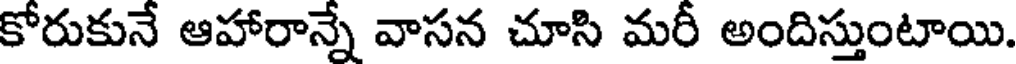
కోరుకునే ఆహారాన్నే వాసన చూసి మరీ అందిస్తుంటాయి.